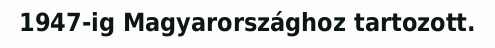
1947-ig Magyarországhoz tartozott.